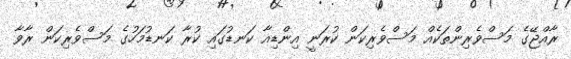
ރާއްޖޭގެ މަސްވެރިންތަކެއް މަސްވެރިކަން ކުރަނީ އިންޑިއާ ކަނޑުގައި ކުރާ ކަނޑުމަހުގެ މަސްވެރިކަން ރާވާ